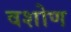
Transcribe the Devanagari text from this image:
वशोण